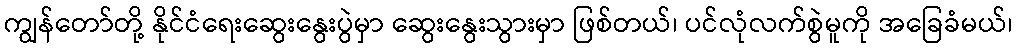
ကျွန်တော်တို့ နိုင်ငံရေးဆွေးနွေးပွဲမှာ ဆွေးနွေးသွားမှာ ဖြစ်တယ်၊ ပင်လုံလက်စွဲမူကို အခြေခံမယ်၊